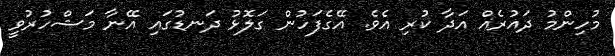
މުހިންމު ދައުރެއް އަދާ ކުރި އެވެ. އޭގެފަހުން ގަލޮޅު ދަނޑުގައި އޭނާ މަޝްހުރުވީ